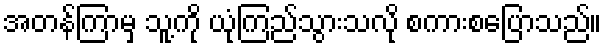
အတန်ကြာမှ သူ့ကို ယုံကြည်သွားသလို စကားစပြောသည်။